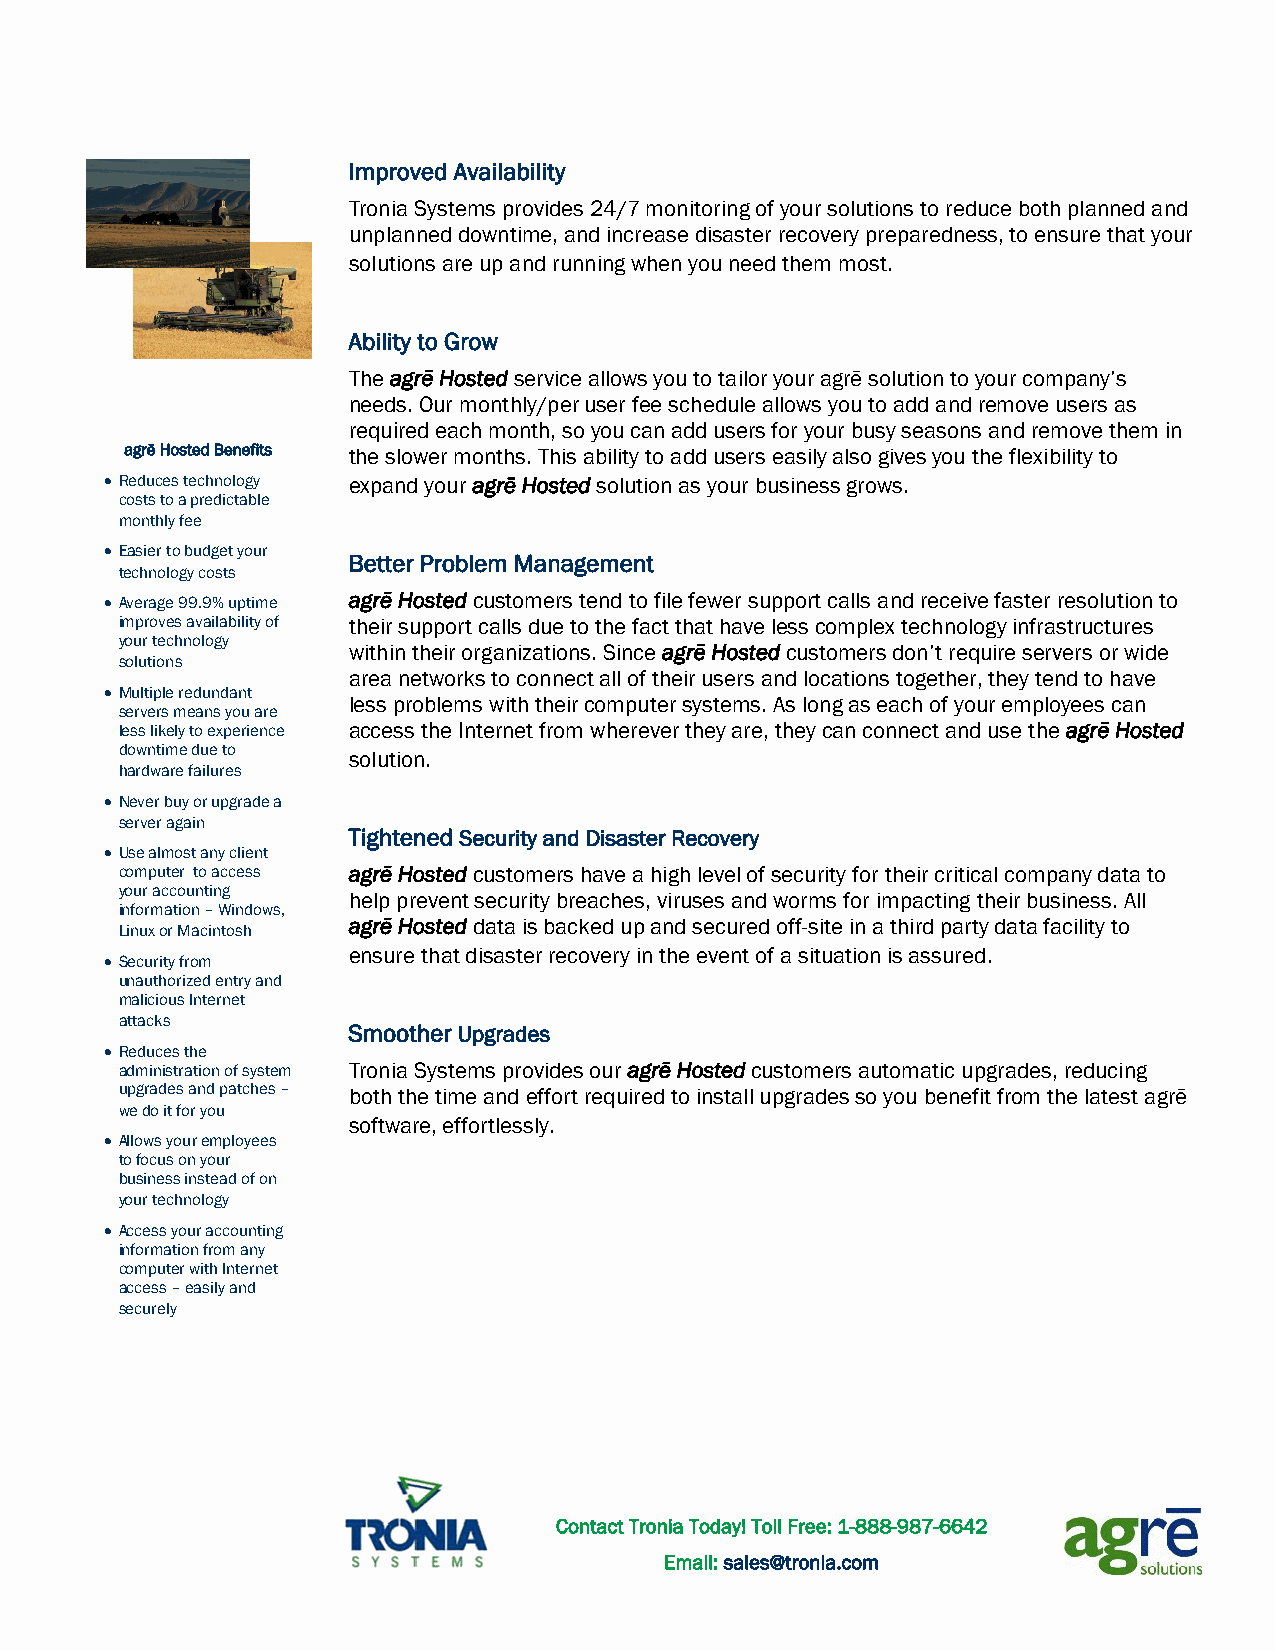
Improved Availability
 Tronia Systems provides 24/7 monitoring of your solutions to reduce both planned and
 unplanned downtime, and increase disaster recovery preparedness, to ensure that your
 solutions are up and running when you need them most.
 Ability to Grow
 The agrē Hosted service allows you to tailor your agrē solution to your company’s
 needs. Our monthly/per user fee schedule allows you to add and remove users as
 required each month, so you can add users for your busy seasons and remove them in
 agrē Hosted Benefits the slower months. This ability to add users easily also gives you the flexibility to
  Reduces technology expand your agrē Hosted solution as your business grows.
 costs to a predictable
 monthly fee
  Easier to budget your
 Better Problem Management
 technology costs
  Average 99.9% uptime agrē Hosted customers tend to file fewer support calls and receive faster resolution to
 improves availability of their support calls due to the fact that have less complex technology infrastructures
 your technology
 within their organizations. Since agrē Hosted customers don’t require servers or wide
 solutions
 area networks to connect all of their users and locations together, they tend to have
  Multiple redundant
 less problems with their computer systems. As long as each of your employees can
 servers means you are
 less likely to experience access the Internet from wherever they are, they can connect and use the agrē Hosted
 downtime due to
 solution.
 hardware failures
  Never buy or upgrade a
 server again
 Tightened Security and Disaster Recovery
  Use almost any client
 computer to access agrē Hosted customers have a high level of security for their critical company data to
 your accounting
 help prevent security breaches, viruses and worms for impacting their business. All
 information – Windows,
 agrē Hosted data is backed up and secured off-site in a third party data facility to
 Linux or Macintosh
 ensure that disaster recovery in the event of a situation is assured.
  Security from
 unauthorized entry and
 malicious Internet
 attacks
 Smoother Upgrades
  Reduces the
 administration of system Tronia Systems provides our agrē Hosted customers automatic upgrades, reducing
 upgrades and patches – both the time and effort required to install upgrades so you benefit from the latest agrē
 we do it for you
 software, effortlessly.
  Allows your employees
 to focus on your
 business instead of on
 your technology
  Access your accounting
 information from any
 computer with Internet
 access – easily and
 securely
 Contact Tronia Today! Toll Free: 1-888-987-6642
 Email: sales@tronia.com